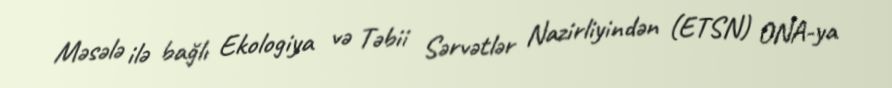
Məsələ ilə bağlı Ekologiya və Təbii Sərvətlər Nazirliyindən (ETSN) ONA-ya